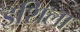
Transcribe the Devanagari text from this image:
इशिला